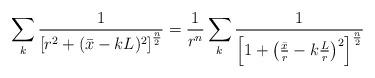
LaTeX: \begin{align*}\sum_k{1\over \left[r^2+(\bar{x}-kL)^2\right]^{n\over 2}}={1\over r^n} \sum_k {1\over \left[1+\left({\bar{x}\over r}-k{L\over r}\right)^2\right]^{n\over 2}}\end{align*}